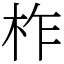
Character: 柞